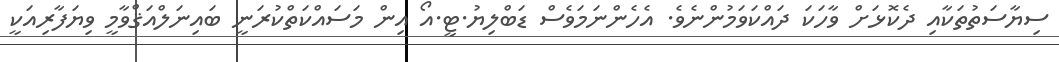
ސިޔާސަތުތަކާއި ދެކޮޅަށް ވާހަކަ ދައްކަވަމުންނެވެ. އެހެންނަމަވެސް ޑަބްލިޔު.ޓީ.އޯ އިން މަސައްކަތްކުރަނީ ބައިނަލްއަޤްވާމީ ވިޔަފާރިއަކީ